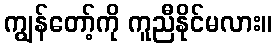
ကျွန်တော့်ကို ကူညီနိုင်မလား။